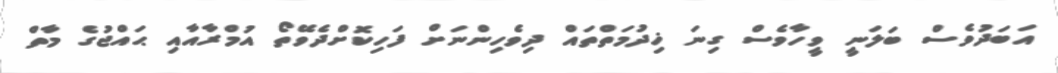
އަބަދުވެސް ބަލަނީ ވީހާވެސް ގިނަ ޚިދުމަތްތައް ދިވެހިންނަށް ފަހިކޮށްދެވޭތޯ އުމްރާއާއި ޙައްޖުގެ މާތް